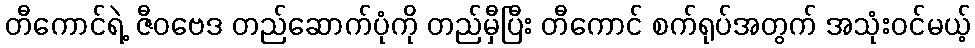
တီကောင်ရဲ့ ဇီဝဗေဒ တည်ဆောက်ပုံကို တည်မှီပြီး တီကောင် စက်ရုပ်အတွက် အသုံးဝင်မယ့်